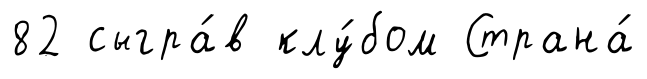
82 сыгра́в клу́бом Страна́